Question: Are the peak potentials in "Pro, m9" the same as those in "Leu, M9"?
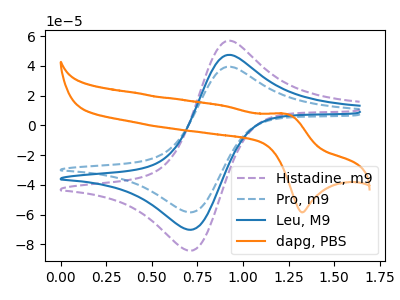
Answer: <think>The purple dashed curve "Histadine, m9" has an anodic peak at (0.90V, 94.60uA) and a cathodic peak at (0.70V, -140.30uA). The blue dashed curve "Pro, m9" has an anodic peak at (0.90V, 39.40uA) and a cathodic peak at (0.70V, -58.40uA). The blue curve "Leu, M9" has an anodic peak at (0.90V, 47.30uA) and a cathodic peak at (0.70V, -70.15uA). The orange curve "dapg, PBS" has an anodic peak at (1.25V, 7.80uA) and a cathodic peak at (1.35V, -58.40uA).</think>
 <answer>Yes, "Pro, m9" have a peak in "Leu, M9" at the same potential.</answer>
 <eval>match</eval>